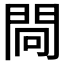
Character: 𨴀